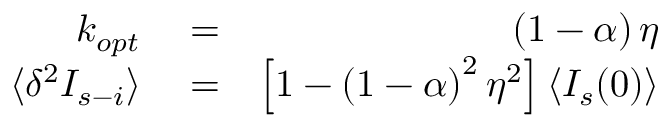
\begin{array} { r l r } { k _ { o p t } } & { { } = } & { ( 1 - \alpha ) \, \eta } \\ { \langle \delta ^ { 2 } I _ { s - i } \rangle } & { { } = } & { \left[ 1 - \left( 1 - \alpha \right) ^ { 2 } \eta ^ { 2 } \right] \langle I _ { s } ( 0 ) \rangle } \end{array}